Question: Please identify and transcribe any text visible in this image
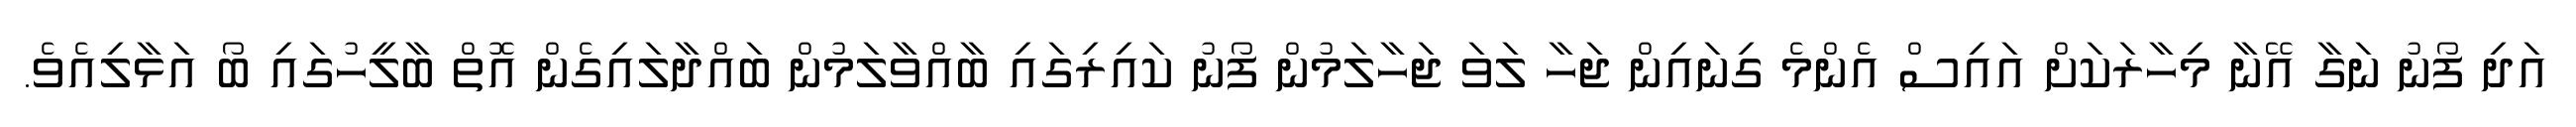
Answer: އަދި ފޯނު ނަގާ އޭނާ މިހާރަކަށް އައިސް އެންމެ ގިނައިން ޖަހާ ލަވަ ޖަހާލަމުން ފޯނު ކައިރިގައި ބާއްވާލަމުން ބައްދާލައިގެން އޮތް ބާލީހުގައި ބޯ އަޅާލިއެވެ.